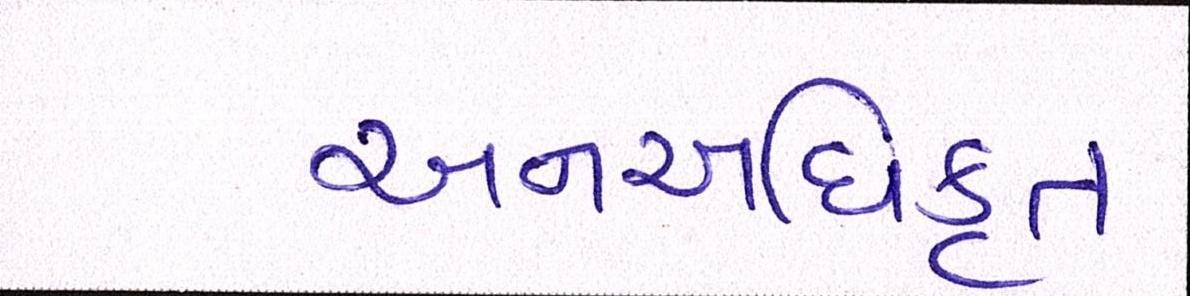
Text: અનઅધિકૃત